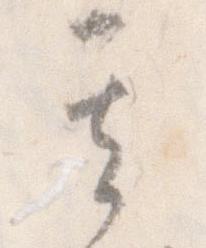
其